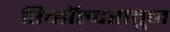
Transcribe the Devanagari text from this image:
रिव्हॉल्वरातून